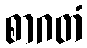
စာဂတံ